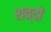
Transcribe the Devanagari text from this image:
शव्‍दों